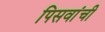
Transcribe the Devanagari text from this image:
पिसवांची